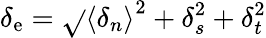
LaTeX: \delta_{\mathrm{e}}=\sqrt{}{{\left\langle\delta_{n}\right\rangle^{2}+\delta_{s}^{2}+\delta_{t}^{2}}}